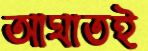
আঘাতই